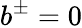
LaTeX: b^{\pm}=0